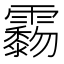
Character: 𩆲